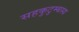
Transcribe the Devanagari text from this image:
सहकुटुम्बस्य